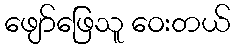
ဖျော်ဖြေသူ ဝေးတယ်